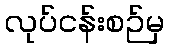
လုပ်ငန်းစဉ်မှ